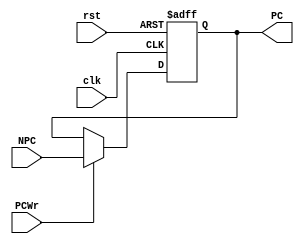
`timescale 1ns / 1ps

module PC(
    input clk,          //
    input rst,          //
    input [31:2]NPC,    //
    input PCWr,         //
    output reg [31:2]PC //
);
    reg [1:0] t;
    wire [31:0] PC_full;
    assign PC_full = {PC,t};

    always @(posedge clk,posedge rst) 
        begin
            if(rst)
                {PC,t} <= 32'h0000_3000;
            else if(PCWr)
                PC <= NPC;
        end
endmodule